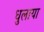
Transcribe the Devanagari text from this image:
धुलाया